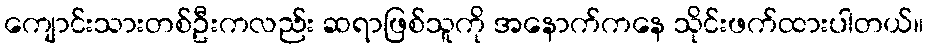
ကျောင်းသားတစ်ဦးကလည်း ဆရာဖြစ်သူကို အနောက်ကနေ သိုင်းဖက်ထားပါတယ်။